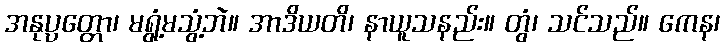
အနုပ္ပတ္တော၊ မရွံ့မသွံ့ဘဲ။ အာဒိယတိ၊ နာယူသနည်း။ တွံ၊ သင်သည်။ ကေန၊